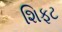
શિફટ